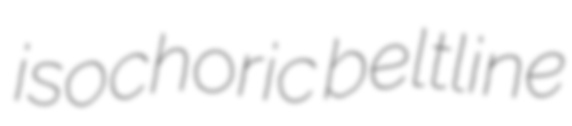
isochoric beltline